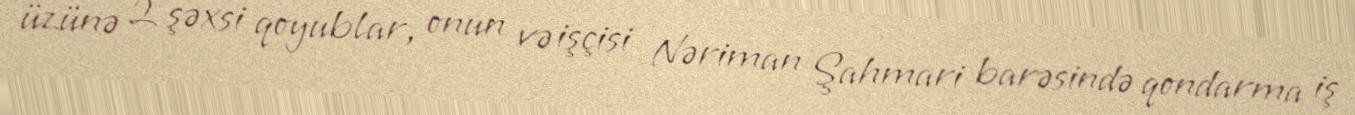
üzünə 2 şəxsi qoyublar, onun və işçisi Nəriman Şahmari barəsində qondarma iş